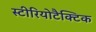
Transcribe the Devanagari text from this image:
स्टीरियोटैक्टिक